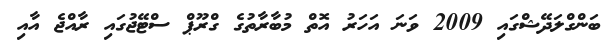
ބަންގްލަދޭޝްގައި 2009 ވަނަ އަހަރު އޮތް މުބާރާތުގެ ގްރޫޕް ސްޓޭޖުގައި ރާއްޖެ އާއި